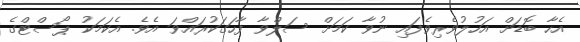
އެހާ ބޮޑަށް އަހުލުވެރިވެފައި ނުވާ ކަމަށް ސަލްވާ ފާހަގަކުރައްވަ އެވެ. އެކަމަކު ޕޯސްޓްގެ